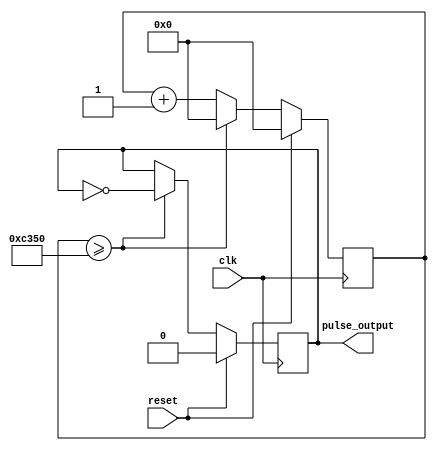
module PulseGenerator (
    input wire clk,             // Clock signal input
    input wire reset,           // Reset signal input
    output reg pulse_output     // Output pulse signal
);

reg [31:0] counter;            // Counter to keep track of clock cycles
reg [31:0] desired_period = 50000; // Desired pulse period in clock cycles

always @(posedge clk) begin
    if (reset) begin
        counter <= 0;
        pulse_output <= 0;
    end else begin
        counter <= counter + 1;
        if (counter >= desired_period) begin
            pulse_output <= ~pulse_output; // Toggle pulse signal
            counter <= 0;
        end
    end
end

endmodule